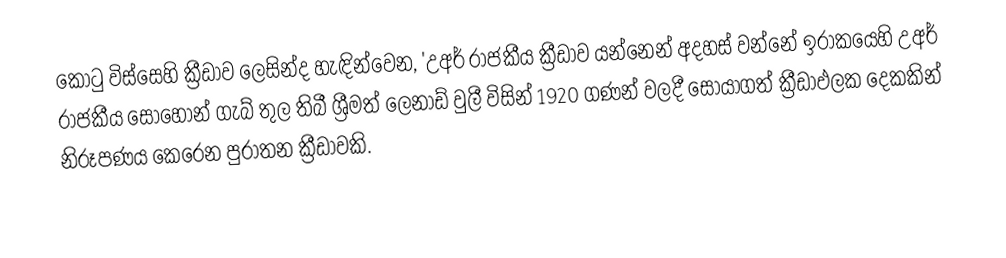
කොටු විස්සෙහි ක්‍රීඩාව ලෙසින්ද හැඳින්වෙන, 'උඅර් රාජකීය ක්‍රීඩාව යන්නෙන් අදහස් වන්නේ ඉරාකයෙහි  උඅර් රාජකීය සොහොන් ගැබ් තුල තිබී  ශ්‍රීමත් ලෙනාඩ් වුලී විසින්  1920 ගණන් වලදී සොයාගත් ක්‍රීඩාඵලක දෙකකින් නිරූපණය කෙරෙන පුරාතන ක්‍රීඩාවකි.